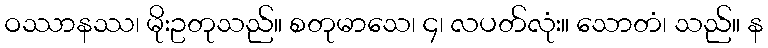
ဝဿာနဿ၊ မိုးဥတုသည်။ စတုမာသေ၊ ၄၊ လပတ်လုံး။ သောတံ၊ သည်။ န